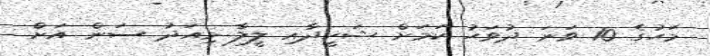
މަހުގެ 10 ވަނަ ދުވަހު ކަމަށް ޝަހީދާއި ލީލާ މިއަދު ސަން އަށް